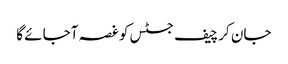
جان کر چیف جسٹس کو غصہ آجائے گا